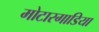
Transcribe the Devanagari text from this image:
मोटारगाडिया